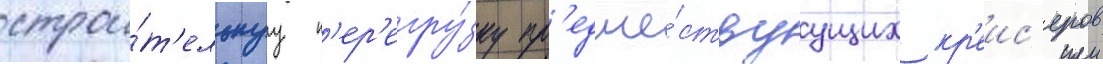
строи́т'ельнуу п'ер'егру́зку пр'едше́ствуущих кр'еис'еров